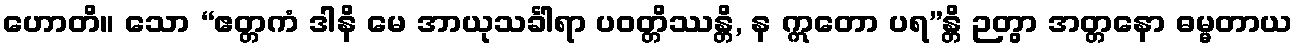
ဟောတိ။ သော “ဧတ္တကံ ဒါနိ မေ အာယုသင်္ခါရာ ပဝတ္တိဿန္တိ, န ဣတော ပရ”န္တိ ဉတွာ အတ္တနော ဓမ္မတာယ